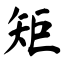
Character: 矩